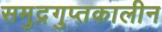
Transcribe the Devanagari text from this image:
समुद्रगुप्तकालीन